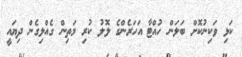
ކަޅި ވަކިނުކޮށް ބަލަން ހުއްޓާ އަހަރެންގެ ލޮލު ކުރި މަތިން ގެއްލިގެން ދިޔައީ